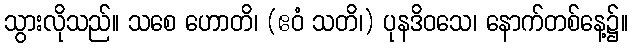
သွားလိုသည်။ သစေ ဟောတိ၊ (ဧဝံ သတိ၊) ပုနဒိဝသေ၊ နောက်တစ်နေ့၌။